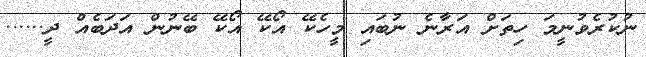
ނުކުރެވުނީމަ ހިތަށް އަރާނެ ނުބައި މީހެކޭ އޯކޭ އޯކޭ ބޭނުން އަދަބެއް ދީ......